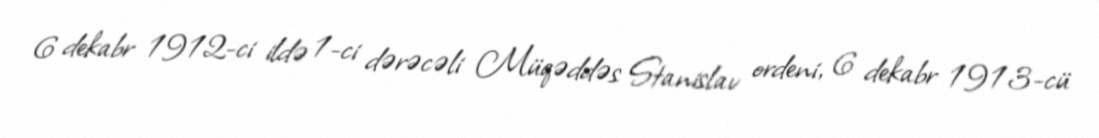
6 dekabr 1912-ci ildə 1-ci dərəcəli Müqəddəs Stanislav ordeni, 6 dekabr 1913-cü